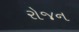
રોજન